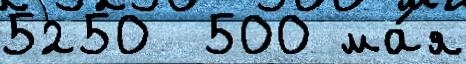
5250  500 ма́я